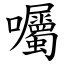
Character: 囑